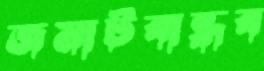
জমাটবান্ধব